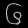
Digit: ၆